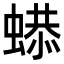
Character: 𧎦